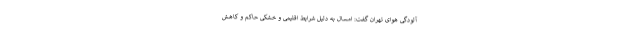
آلودگی هوای تهران گفت: امسال به دلیل شرایط اقلیمی و خشکی حاکم و کاهش